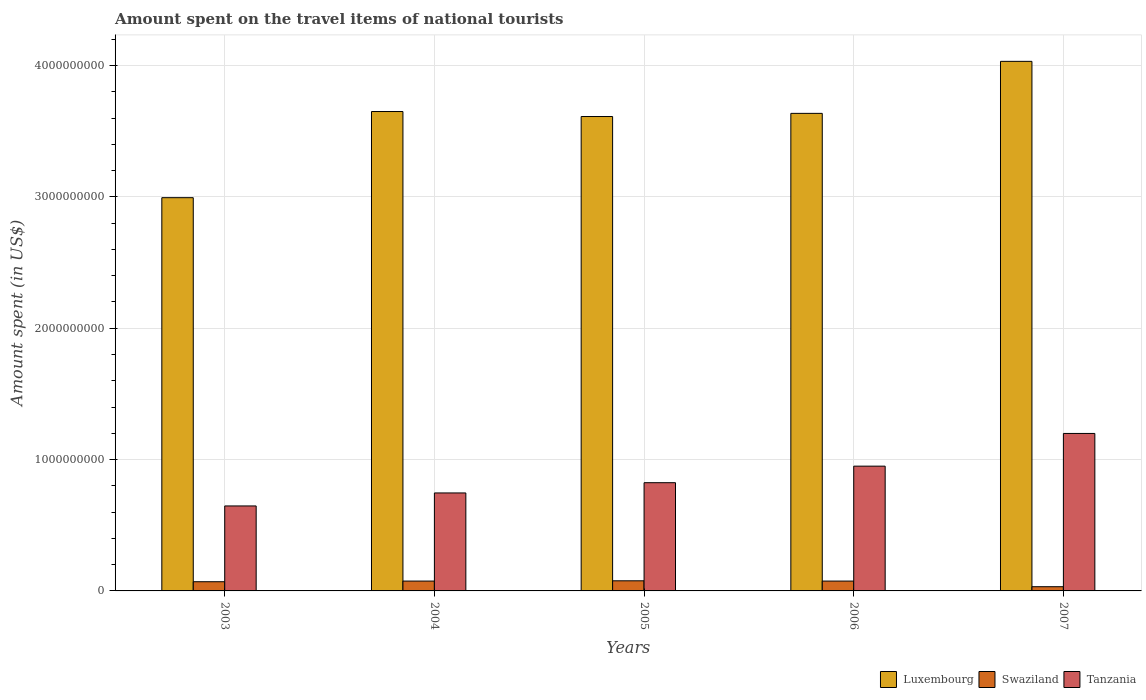
| Years | Luxembourg | Swaziland | Tanzania |
 | --- | --- | --- | --- |
 | 2003 | 2.99e+09 | 7e+07 | 6.47e+08 |
 | 2004 | 3.65e+09 | 7.5e+07 | 7.46e+08 |
 | 2005 | 3.61e+09 | 7.7e+07 | 8.24e+08 |
 | 2006 | 3.64e+09 | 7.5e+07 | 9.5e+08 |
 | 2007 | 4.03e+09 | 3.2e+07 | 1.2e+09 |